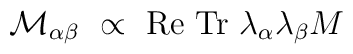
{\cal M}_{\alpha\beta}\ \propto\ {\rm Re\ Tr}\ \lambda_\alpha\lambda_\beta M